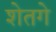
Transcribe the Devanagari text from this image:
शेतगे